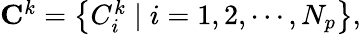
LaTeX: \begin{array}{r}{\mathbf{C}^{k}=\left\{ C_{i}^{k}\mid i=1,2,\cdots,N_{p}\right\} ,}\end{array}